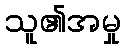
သူ၏အမှု